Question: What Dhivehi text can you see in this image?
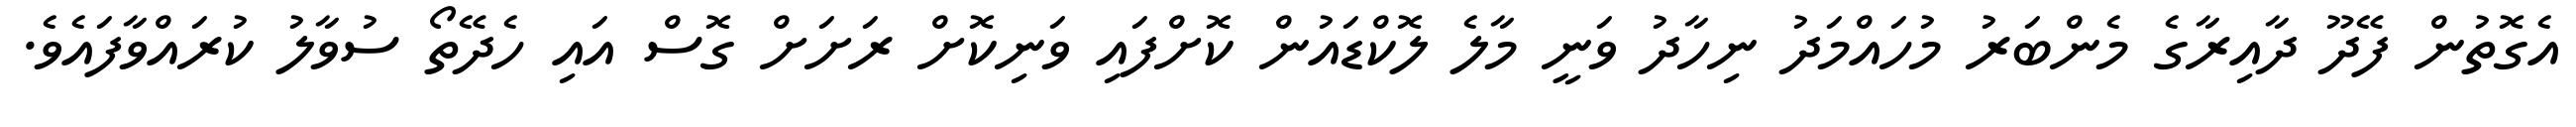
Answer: އެގޮތުން ފޭދޫ ދާއިރާގެ މެންބަރު މުހައްމަދު ނިހާދު ވަނީ މާލެ ލޮކްޑައުން ކޮށްފައި ވަނިކޮށް ރަށަށް ގޮސް އައި ހެދޭތޯ ސުވާލު ކުރައްވާފައެވެ.